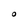
Character: O